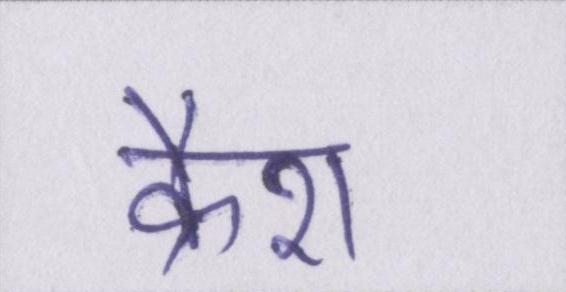
क्रैश